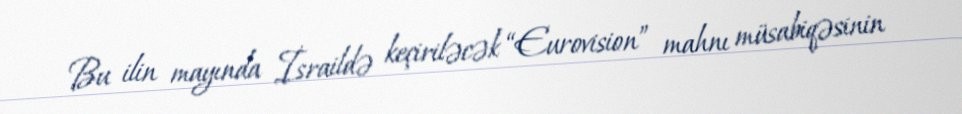
Bu ilin mayında İsraildə keçiriləcək “Eurovision” mahnı müsabiqəsinin